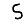
Digit: 5